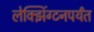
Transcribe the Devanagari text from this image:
लेक्झिंग्टनपर्यंत